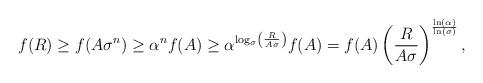
LaTeX: \begin{align*}f(R)\geq f(A \sigma^n)\geq \alpha^n f(A) \geq \alpha^{\log_{\sigma}\left(\frac{R}{A\sigma}\right)} f(A)=f(A)\left(\frac{R}{A\sigma}\right)^{\frac{\ln(\alpha)}{\ln(\sigma)}},\end{align*}